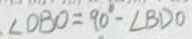
\angle D B O = 9 0 ^ { \circ } - \angle B D O